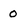
Character: O